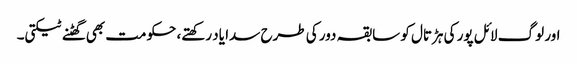
اور لوگ لائل پور کی ہڑتال کو سابقہ دور کی طرح سدا یاد رکھتے، حکومت بھی گھٹنے ٹیکتی۔